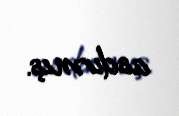
asdırmış.